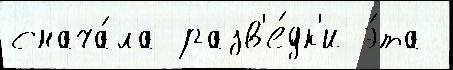
снача́ла разв'е́дк'и э́та